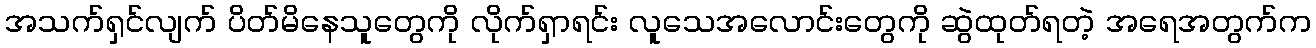
အသက်ရှင်လျက် ပိတ်မိနေသူတွေကို လိုက်ရှာရင်း လူသေအလောင်းတွေကို ဆွဲထုတ်ရတဲ့ အရေအတွက်က